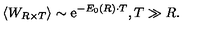
\left< W _ { R \times T } \right> \sim \mathrm { e } ^ { - E _ { 0 } ( R ) \cdot T } , T \gg R .